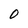
Character: 0